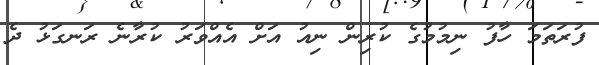
ފުރަތަމަ ހާފު ނިމުމުގެ ކުރިން ނިއު އަށް އެއްވަރު ކުރާނެ ރަނގަޅު ދެ